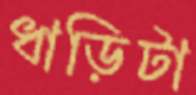
ধাড়িটা